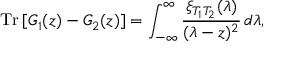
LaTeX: \mathrm { T r } \left[ G _ { 1 } ( z ) - G _ { 2 } ( z ) \right] = \int _ { - \infty } ^ { \infty } \frac { \xi _ { T _ { 1 } T _ { 2 } } ( \lambda ) } { ( \lambda - z ) ^ { 2 } } \, d \lambda ,